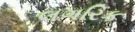
લગરિક